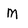
Character: m